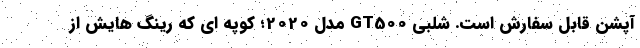
آپشن قابل سفارش است. شلبی GT500 مدل 2020؛ کوپه ای که رینگ هایش از